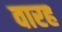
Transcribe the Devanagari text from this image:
वारह